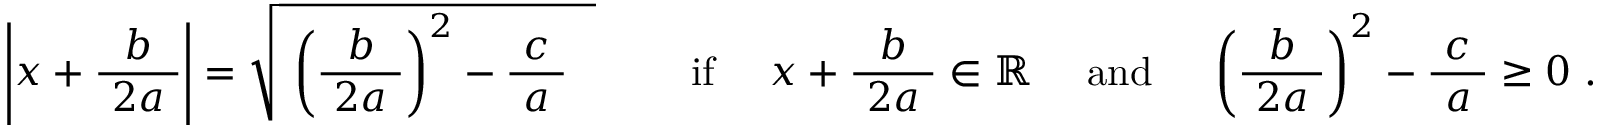
\ { \Biggl | } x + { \frac { b } { \ 2 a \ } } { \Biggr | } = { \sqrt { \ \left( { \frac { b } { \ 2 a \ } } \right) ^ { 2 } - { \frac { \ c \ } { a } } ~ ~ } } \qquad \mathrm { ~ i f ~ } \quad x + { \frac { b } { \ 2 a \ } } \in \mathbb { R } \quad \mathrm { ~ a n d ~ } \quad \left( { \frac { b } { \ 2 a \ } } \right) ^ { 2 } - { \frac { \ c \ } { a } } \geq 0 ~ .